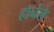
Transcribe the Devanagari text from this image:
हॉर्नले